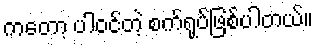
ကတော့ ပါဝင်တဲ့ စက်ရုပ်ဖြစ်ပါတယ်။